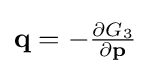
{\textstyle \mathbf {q} =-{\frac {\partial G_{3}}{\partial \mathbf {p} }}}